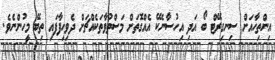
އިންތިހާއަށް ސިނގިރޭޓް ބޯ އަދި އިހުސާނެކޭ އެއްގޮތަށް މަސްތުވާތަކެއްޗަށް ދެވިހިފާފައި ތިބޭ މީހުންނެވެ.